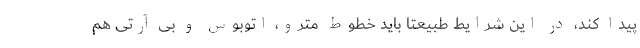
پیدا کند، در این شرایط طبیعتا باید خطوط مترو، اتوبوس و بی آرتی هم